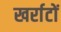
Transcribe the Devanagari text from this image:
खर्राटों